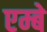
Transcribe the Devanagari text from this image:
एम्बे